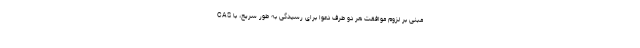
CAS مبنی بر لزوم موافقت هر دو طرف دعوا برای رسیدگی به طور سریع، با